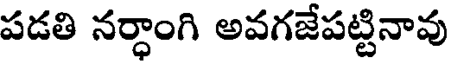
పడతి నర్ధాంగి అవగజేపట్టినావు